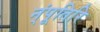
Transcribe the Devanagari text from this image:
न्ंपूतिरि